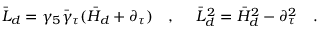
\bar { L } _ { d } = \gamma _ { 5 } \bar { \gamma } _ { \tau } ( \bar { H } _ { d } + \partial _ { \tau } ) ~ ~ ~ , ~ ~ ~ ~ \bar { L } _ { d } ^ { 2 } = \bar { H } _ { d } ^ { 2 } - \partial _ { \tau } ^ { 2 } ~ ~ ~ .